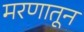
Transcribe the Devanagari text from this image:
मरणातून